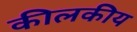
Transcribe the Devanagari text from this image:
कीलकीय